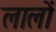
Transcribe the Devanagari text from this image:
लालों